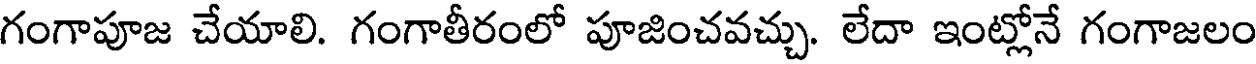
గంగాపూజ చేయాలి. గంగాతీరంలో పూజించవచ్చు. లేదా ఇంట్లోనే గంగాజలం